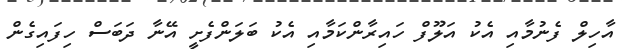
އާހިލް ފެނުމާއި އެކު އަލޫފް ހައިރާންކަމާއި އެކު ބަލަންފެށީ އޭނާ ދަބަސް ހިފައިގެން